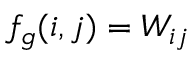
f _ { g } ( i , j ) = W _ { i j }